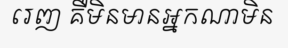
រេញ គឺមិនមានអ្នកណាមិន